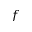
f